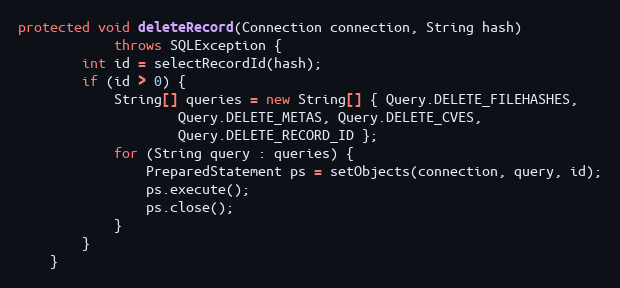
Language: Java
protected void deleteRecord(Connection connection, String hash)
            throws SQLException {
        int id = selectRecordId(hash);
        if (id > 0) {
            String[] queries = new String[] { Query.DELETE_FILEHASHES,
                    Query.DELETE_METAS, Query.DELETE_CVES,
                    Query.DELETE_RECORD_ID };
            for (String query : queries) {
                PreparedStatement ps = setObjects(connection, query, id);
                ps.execute();
                ps.close();
            }
        }
    }